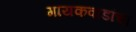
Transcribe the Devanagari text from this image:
गायकवाडांचा